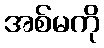
အစ်မကို